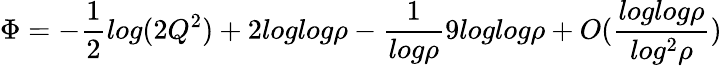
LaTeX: \Phi=-\frac{1}{2}log(2Q^{2})+2loglog\rho-\frac{1}{log\rho}9loglog\rho+O(\frac{loglog\rho}{log^{2}\rho})